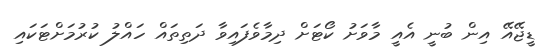
ޑީޖޭއޭ އިން ބުނީ އެއީ މާވަށު ކޯޓަށް ދިމާވެފައިވާ ދަތިތައް ހައްލު ކުރުމަށްޓަކައި